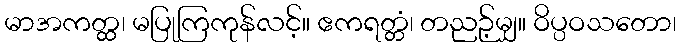
မာအကတ္ထ၊ မပြုကြကုန်လင့်။ ဧကရတ္တံ၊ တညဉ့်မျှ။ ဝိပ္ပဝသတော၊